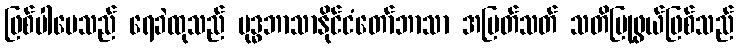
ဖြစ်ပါပေသည် ရေခဲထုသည် ဗုဒ္ဓဘာသာနိုင်ငံတော်ဘာသာ အပြတ်သတ် သတိပြုဖွယ်ဖြစ်သည်